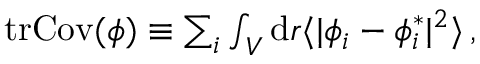
\begin{array} { r } { \mathrm { t r } \mathrm { C o v } ( \phi ) \equiv \sum _ { i } \int _ { V } \mathrm { d } \boldsymbol { r } \langle \vert \phi _ { i } - \phi _ { i } ^ { * } \vert ^ { 2 } \rangle \, , } \end{array}